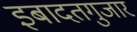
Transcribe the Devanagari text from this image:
इबादतगुजार